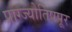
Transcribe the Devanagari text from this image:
प्राग्ज्योतिषपूर